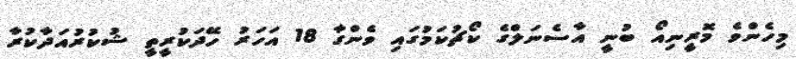
މިހެންވެ މޮރީނިއޯ ބުނީ އާސެނަލްގެ ކޯޗުކަމުގައި ވެންގާ 18 އަހަރު ހޭދަކުރީތީ ޝުކުރުއަދާކުރާ